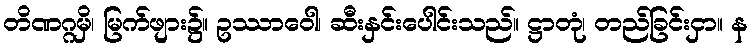
တိဏဂ္ဂမှိ၊ မြက်ဖျား၌။ ဥဿာဝေါ၊ ဆီးနှင်းပေါင်းသည်။ ဋ္ဌာတုံ၊ တည်ခြင်းငှာ။ န